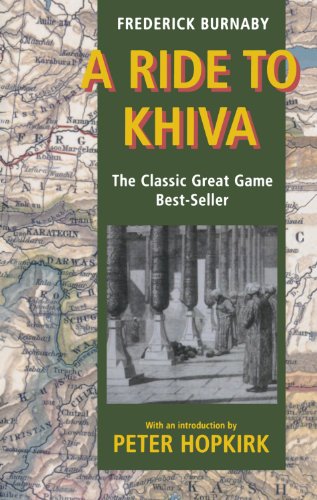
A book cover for A Ride to Khiva; Frederick Burnaby; Travel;